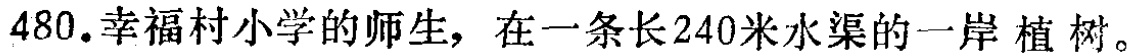
480.幸福村小学的师生，在一条长240米水渠的一岸 植 树。